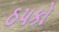
ઠપકો